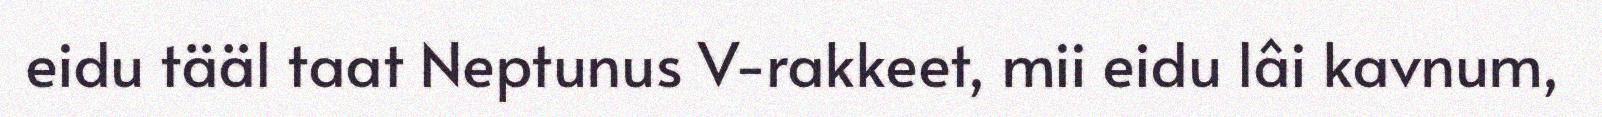
eidu tääl taat Neptunus V-rakkeet, mii eidu lâi kavnum,